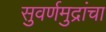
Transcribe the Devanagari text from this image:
सुवर्णमुद्रांचा